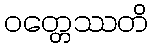
ဝတ္တေဿတိ